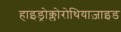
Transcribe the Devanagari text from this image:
हाइड्रोक्लोरोथियाज़ाइड